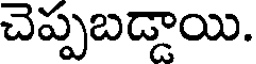
చెప్పబడ్డాయి.